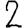
Digit: 2